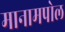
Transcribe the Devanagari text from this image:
मानामपोल